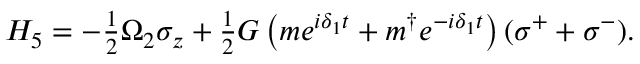
\begin{array} { r } { H _ { 5 } = - \frac { 1 } { 2 } \Omega _ { 2 } \sigma _ { z } + \frac { 1 } { 2 } G \left( m e ^ { i \delta _ { 1 } t } + m ^ { \dagger } e ^ { - i \delta _ { 1 } t } \right) ( \sigma ^ { + } + \sigma ^ { - } ) . } \end{array}